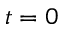
t = 0